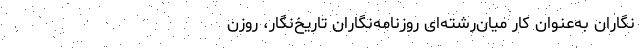
‌نگاران به‌عنوان کار میان‌رشته‌ای روزنامه‌نگاران تاریخ‌نگار، روزن